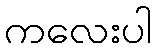
ကလေးပါ